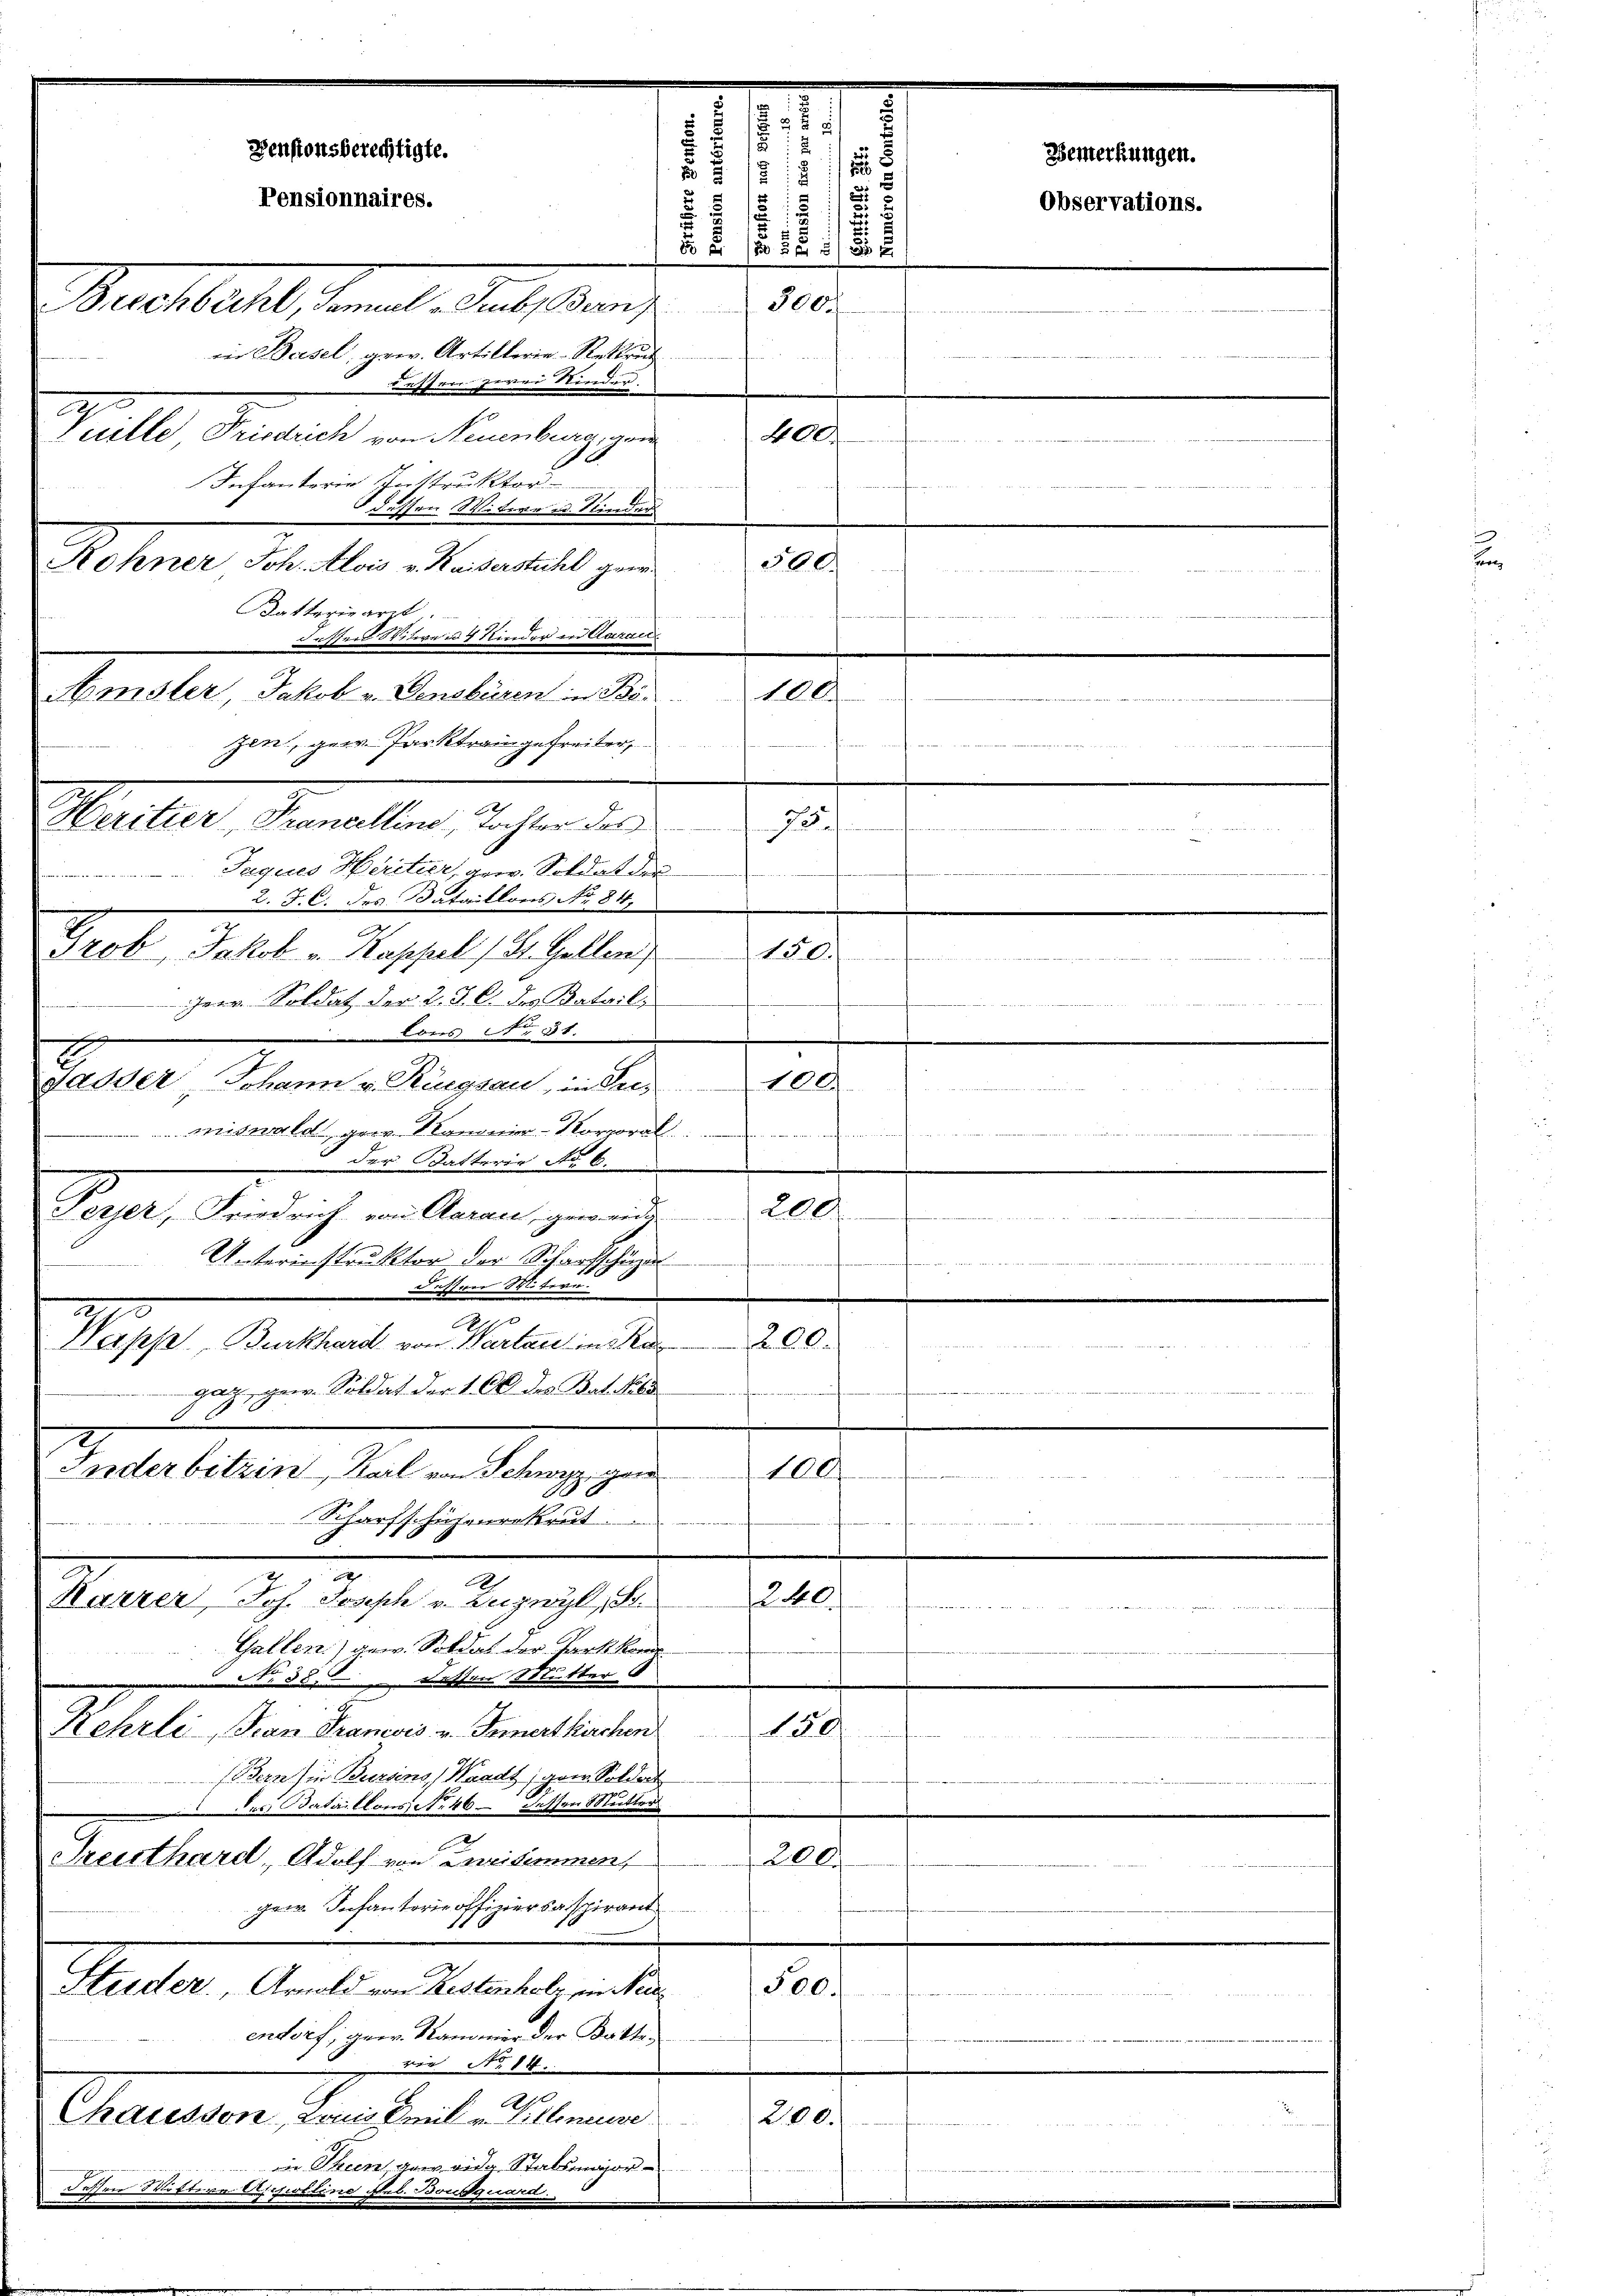
Denstonsberechtigte.
Pensionnaires.
Mahlentschen, das darauf
iin Basel, gew. Artillerie-Rettres
küssen zwei Kinder.
F
Veille Friedrich von Neuenburg, gen
Infanterie Instruktor
Lassen Witwe u. Kinder
Rohner Joh. Alois v. Kaiserstuhl geer.

A

1

A

2

i

.
.
s
t
 3/5 18
x

5000

300
Datterieart
 2 f 24 x
n dritere in 4 Kinder in Arten
Hisler, Jakob v. Gensbüren in Bezen, gew. Parktrangefreiter,
75.
Peritier, Prancelline, Tochter des
3
Jaques Heritier, gew. Soldat der
 ..........
2. F. C. des Bataillons No 347
a
rob, Jakob v. Kappel) St. Gellen,
1
Herr Soldat der 2. J. C. des Batails
Cons No. 31.
2
röder, Johann v. Ringsau, in Sei-
miswald gern Kanonier-Korporal.
.
 der Batterie No 6.
d
2
Perfer, Friedrich von Aarau, gewendig
wetten werde alten, wie e
Unterinstruktor der Scharfschüze
differen Mitern.
A
200.
erpes, Burkhard von Warten in se
gatz, gew. Soldat der 1. Ob des Batikels
h
100
uder bitzen, Keil von Schwyz, gan

Scharfschüzenrekrut
n
240.
Tarzer, Joh. Joseph v. Luzwyl,
.
Gallen) gew. Soldat der Parts kon
No 38. dessen Mutter
Kehrli Fran Francois v. Innertkirchen.
150.
n
Bern) in Bursens, Waadt, gar Soldat
 des Bataillons No 46 dessen Mutter
reuthard, Adolf von Bestimmen,
200.
gew. Infanterie offiziersaspirant
Stetter, Arnold von Restenholz, in Neu¬
500.
endorf, geg. Rammer der Batte,
rie No 14.
d
Chatesson, von kante Cillinie
200.
 Theen, dem eidg. Stabsungen

100.

.

Bemerkungen.
Observations.

400
femme von
f

100.